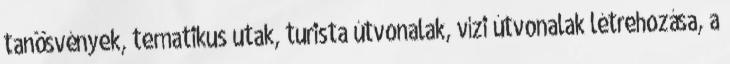
tanösvények, tematikus utak, turista útvonalak, vízi útvonalak létrehozása, a